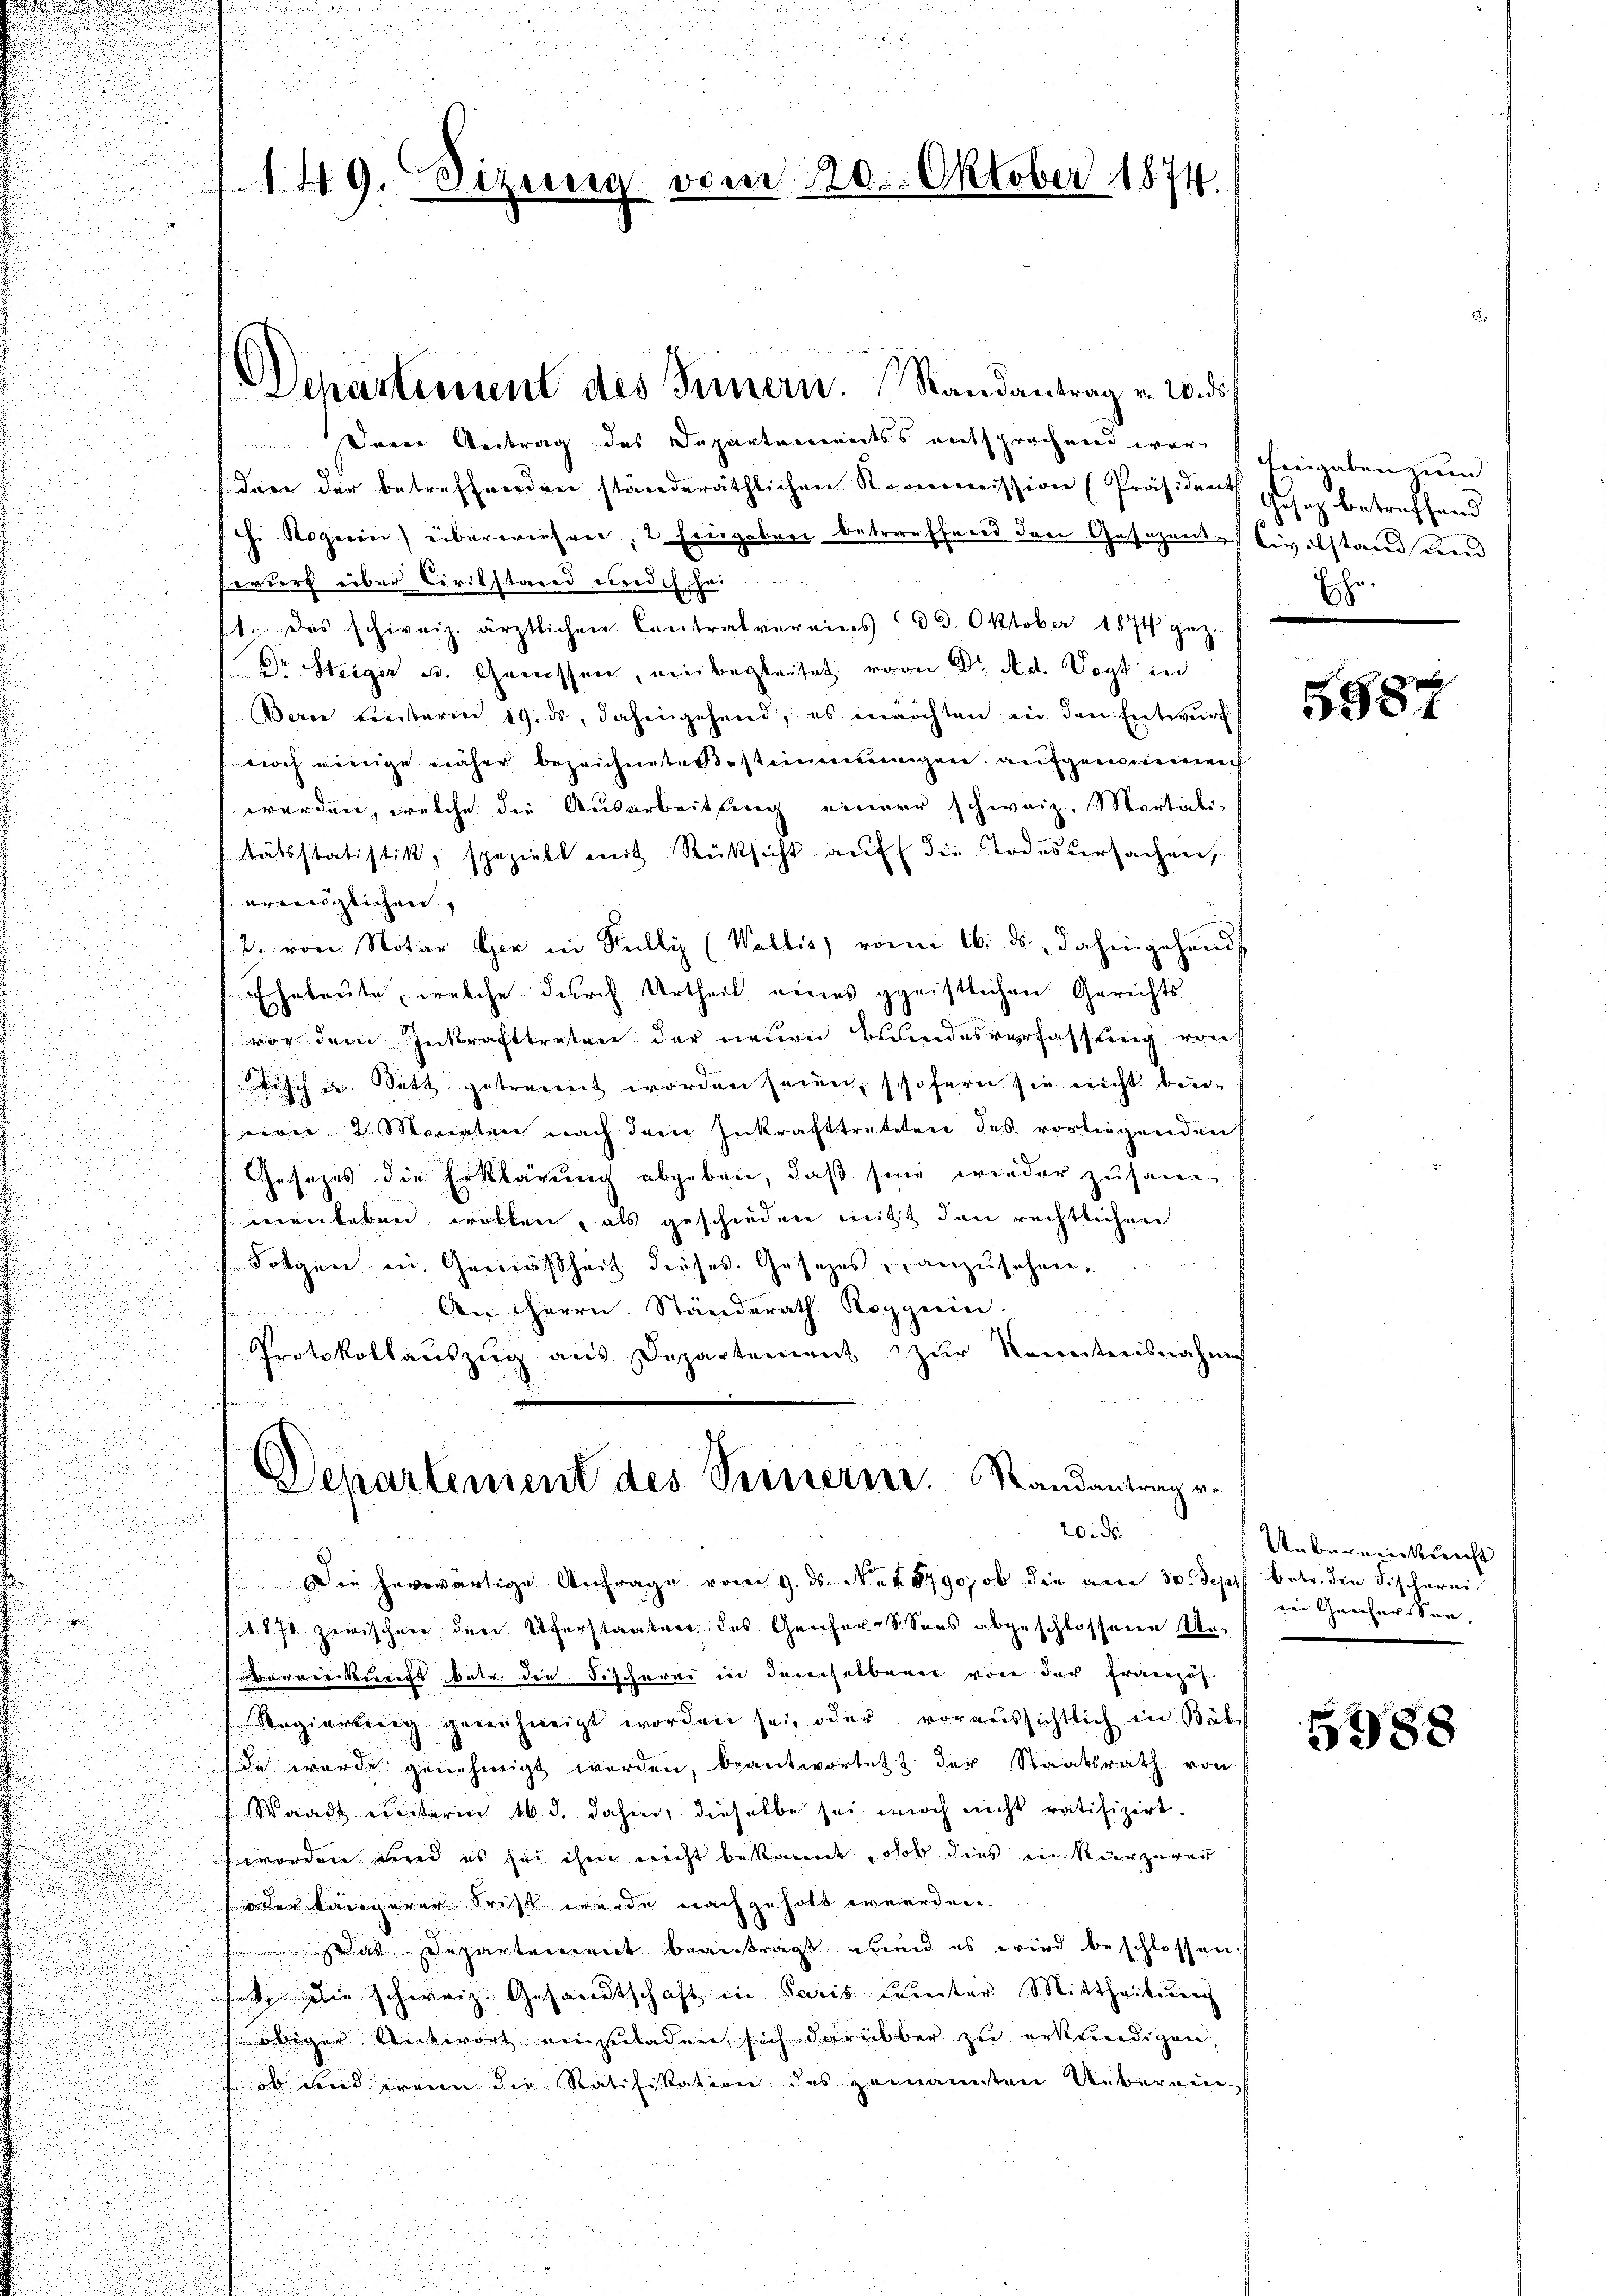
Dein Antrag des Departements entsprechend war engaben zum
dice der betreffenden ständeräthlichen Kommission (Präsident
hi Roguin) überwiesen, 2 Eingaben betreffend den Gesezens-Civilstand Kind
Erwert über Civilstand medich sei.
1. Das schweiz. ärztlichen Contralvereins 3 3. Oktober 1874 gez.
Dr Steiger u. Genossen, einbegleitet von Dr. Ad. Vogt in
Bern einterm 19. ds, dahingehend, es möchten in den Entwurf
.
a

noch wenige näher bezeichnete Bestimmungen, aufgemeinrich

werden, welche die Ausarbeitung einer schweiz. Mortiali-

stätsstatistik, spezielt mit Rücksicht auf die Todesursachen,
¬
eringlichen,
2. von Notar sie in Kulli (Wallis, vom 16. ds. dahingehends
.

i
Eheleute, welche durch Urtheil eines geistlichen Gerichts-
.
vor dem Inkrafttreten der neuen Bundesverfassung von
3
Tisch u. Sett getrennt worden seien, sofern sie nicht beiseerie 2 Monaten nach dem Inkrafttretten des vorliegenden
Gesetzes die Erklärung abgeben, daß sind wieder zusam-
u
fenenleben wollen, als geschieden mitt den rechtlichen

Folgen, in Gereinsheit dieses Gesetzes, anzusehen
An HHerrn Ständerath Roguin
Protokollaŭszŭg aŭs Departement zŭr Kenntnisnahm
s
Departement des Seinern. Standantrage.
20. d.

 Die herwärtige Anfrage vom 9. ds. Nr. 4. 8790; ob die am 30. Sept betr. die Fischerei

1870 zwischen den Uferstaaten des Genfer-Sees abgeschlossene Un-

F
bereinkunft betr. die Fischerei in derselbarer von der Erwerzäh

Regierteig genehmigt worden sei, oder voraussichtlich in Bab
d
de wurde genehmigt werden, beantwortet der Staatsrath von
Waadt unterm 16. d. dahin, dieselbe sei noch nicht ratifizirt.
worden Fred es sei ihm nicht bekannt, ob dies ein kürzerer
oder längerer Frist wurde nachgeholt werden.
as Departement beantragt wird es wird beschlossen:
ate lie schweiz. Gesandtschaft in Paris unter Mittheilung
übiger Antwort einzuladen, sich darüber zu erkundigen,
ob wird wenn die Ratifikation des gemannsten Ueberein-

.
d

u

149. Heizung vom 220. Oktober 1874.

Departement des Seinern. Randantrag v. 20. di

Gesetz betreffend
Ei
.

5584

Unbereinkunft
rei Geiser Son

5988